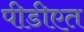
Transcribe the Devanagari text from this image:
पीडीएत